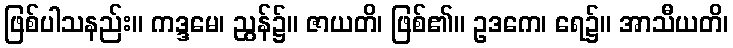
ဖြစ်ပါသနည်း။ ကဒ္ဒမေ၊ ညွန်၌။ ဇာယတိ၊ ဖြစ်၏။ ဥဒကေ၊ ရေ၌။ အာသီယတိ၊